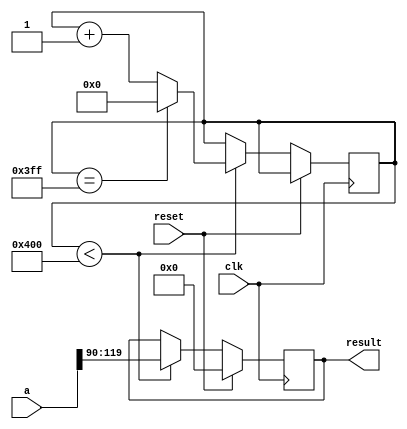
`timescale 1ns / 1ps

/** @module : DivRound
 *  @author : Secure Trusted and Assured Microelectronics (STAM) Center

 *  Copyright (c) 2023 PQC.Secure (STAM/SCAI/ASU)
 *  Permission is hereby granted, free of charge, to any person obtaining a copy
 *  of this software and associated documentation files (the "Software"), to deal
 *  in the Software without restriction, including without limitation the rights
 *  to use, copy, modify, merge, publish, distribute, sublicense, and/or sell
 *  copies of the Software, and to permit persons to whom the Software is
 *  furnished to do so, subject to the following conditions:
 *  The above copyright notice and this permission notice shall be included in
 *  all copies or substantial portions of the Software.
 *
 *  THE SOFTWARE IS PROVIDED "AS IS", WITHOUT WARRANTY OF ANY KIND, EXPRESS OR
 *  IMPLIED, INCLUDING BUT NOT LIMITED TO THE WARRANTIES OF MERCHANTABILITY,
 *  FITNESS FOR A PARTICULAR PURPOSE AND NONINFRINGEMENT. IN NO EVENT SHALL THE
 *  AUTHORS OR COPYRIGHT HOLDERS BE LIABLE FOR ANY CLAIM, DAMAGES OR OTHER
 *  LIABILITY, WHETHER IN AN ACTION OF CONTRACT, TORT OR OTHERWISE, ARISING FROM,
 *  OUT OF OR IN CONNECTION WITH THE SOFTWARE OR THE USE OR OTHER DEALINGS IN
 *  THE SOFTWARE.
 *
 *
 */

module DivRound(clk, reset, a, result);

input clk;
input reset;
input [119:0] a;

output reg [29:0] result;

reg [9:0] count;

always @(posedge clk) begin
    if (reset) begin
        result <= 0;
    end
    else begin
        if (count < 1024) begin
            result <= a >> 90; //a[119:90];
            count <= count + 1;
            if  (count == 1023)
                count <= 0;
        end
    end
end

endmodule